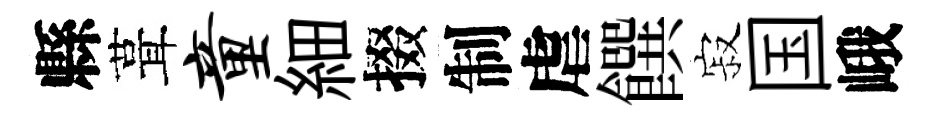
縣葺童細掇制虐饌寂国峨